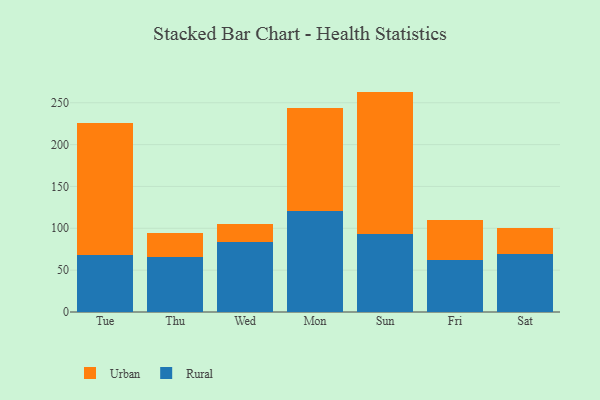
{"axis": {"x": "Day", "y": "Operating Costs (USD K)"}, "legend": ["Rural", "Urban"], "data": [{"x": "Tue", "y": 67.8, "type": "Rural"}, {"x": "Tue", "y": 158.4, "type": "Urban"}, {"x": "Thu", "y": 65.3, "type": "Rural"}, {"x": "Thu", "y": 29.4, "type": "Urban"}, {"x": "Wed", "y": 83.3, "type": "Rural"}, {"x": "Wed", "y": 21.8, "type": "Urban"}, {"x": "Mon", "y": 121.2, "type": "Rural"}, {"x": "Mon", "y": 122.2, "type": "Urban"}, {"x": "Sun", "y": 93.4, "type": "Rural"}, {"x": "Sun", "y": 169.9, "type": "Urban"}, {"x": "Fri", "y": 62.7, "type": "Rural"}, {"x": "Fri", "y": 47.5, "type": "Urban"}, {"x": "Sat", "y": 69.1, "type": "Rural"}, {"x": "Sat", "y": 30.7, "type": "Urban"}]}